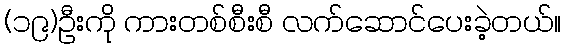
(၁၉)ဦးကို ကားတစ်စီးစီ လက်ဆောင်ပေးခဲ့တယ်။